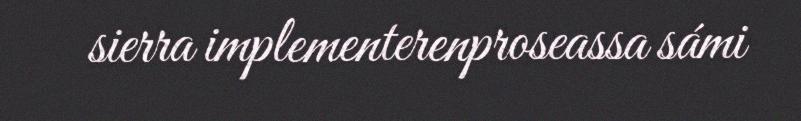
sierra implementerenproseassa sámi